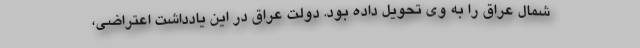
شمال عراق را به وی تحویل داده بود. دولت عراق در این یادداشت اعتراضی،